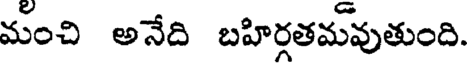
మంచి అనేది బహిర్గతమవుతుంది.